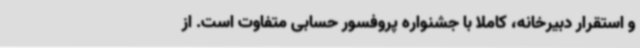
و استقرار دبیرخانه، کاملا با جشنواره پروفسور حسابی متفاوت است. از